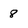
Character: 8